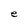
Character: e